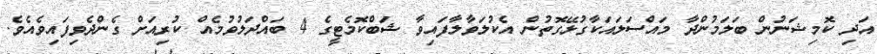
އަދި ކޮމިޝަނުން ބަލަމުންދާ މައްސަލައަކާގުޅޭގޮތުން އެކުލަވާލާފައިވާ ޝަބްކޮމެޓީގެ 4 ބައްދަލުވުމެއް ކުރިއަށް ގެންދެވިފައިވެއެވެ.